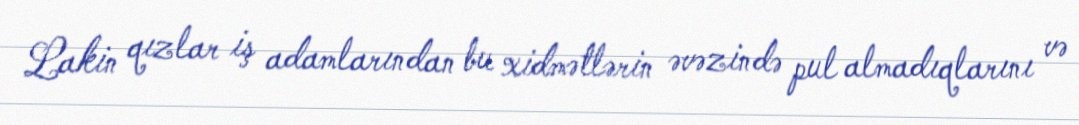
Lakin qızlar iş adamlarından bu xidmətlərin əvəzində pul almadıqlarını və